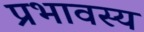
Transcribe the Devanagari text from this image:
प्रभावस्य